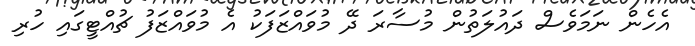
އެހެން ނަމަވެސް ދައުލަތުން މުސާރަ ދޭ މުވައްޒަފަކު އެ މުވައްޒަފު ޗުއްޓީގައި ހުރި